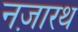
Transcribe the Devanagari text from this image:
नज़ारथ